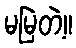
မမြဲတဲ့။